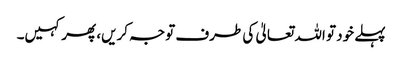
پہلے خود تو اللہ تعالیٰ کی طرف توجہ کریں، پھر کہیں۔